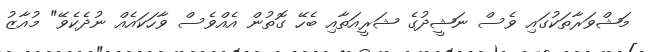
މަޝްވަރާތަކުގައި ވެސް ނަޝީދުގެ ޝަރީއަތާއި ބެހޭ ގޮތުން އެއްވެސް ވާހަކައެއް ނުދެކެވޭ" މުއާޒު